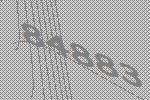
84883